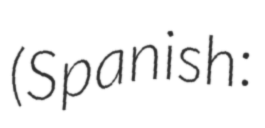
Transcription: (Spanish: